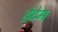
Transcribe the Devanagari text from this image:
हेटेम